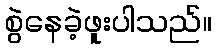
စွဲနေခဲ့ဖူးပါသည်။